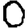
Digit: 0